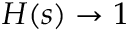
H ( s ) \to 1